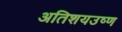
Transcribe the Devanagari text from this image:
अतिशयउष्ण